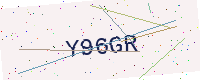
Text: Y96GR